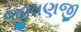
જીવણજી